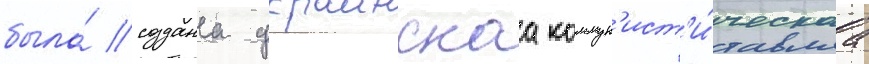
была́ создана украинскаа коммун'ист'и́ческаа